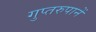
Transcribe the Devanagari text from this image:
गुप्तरुपानें